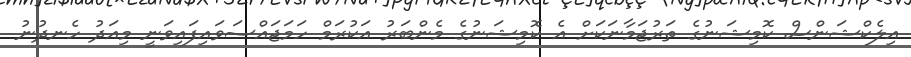
އިލެކްޝަންސް ކޮމިޝަނުގެ ތަރުޖަމާނަކަށް އެ ކޮމިޝަނުގެ މެންބަރު އަކުރަމް ހަމަޖައްސަވައިފައިވަނީ މިއަދު ހެނދުނު